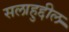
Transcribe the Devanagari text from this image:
सलाहुद्दील